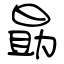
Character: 勗